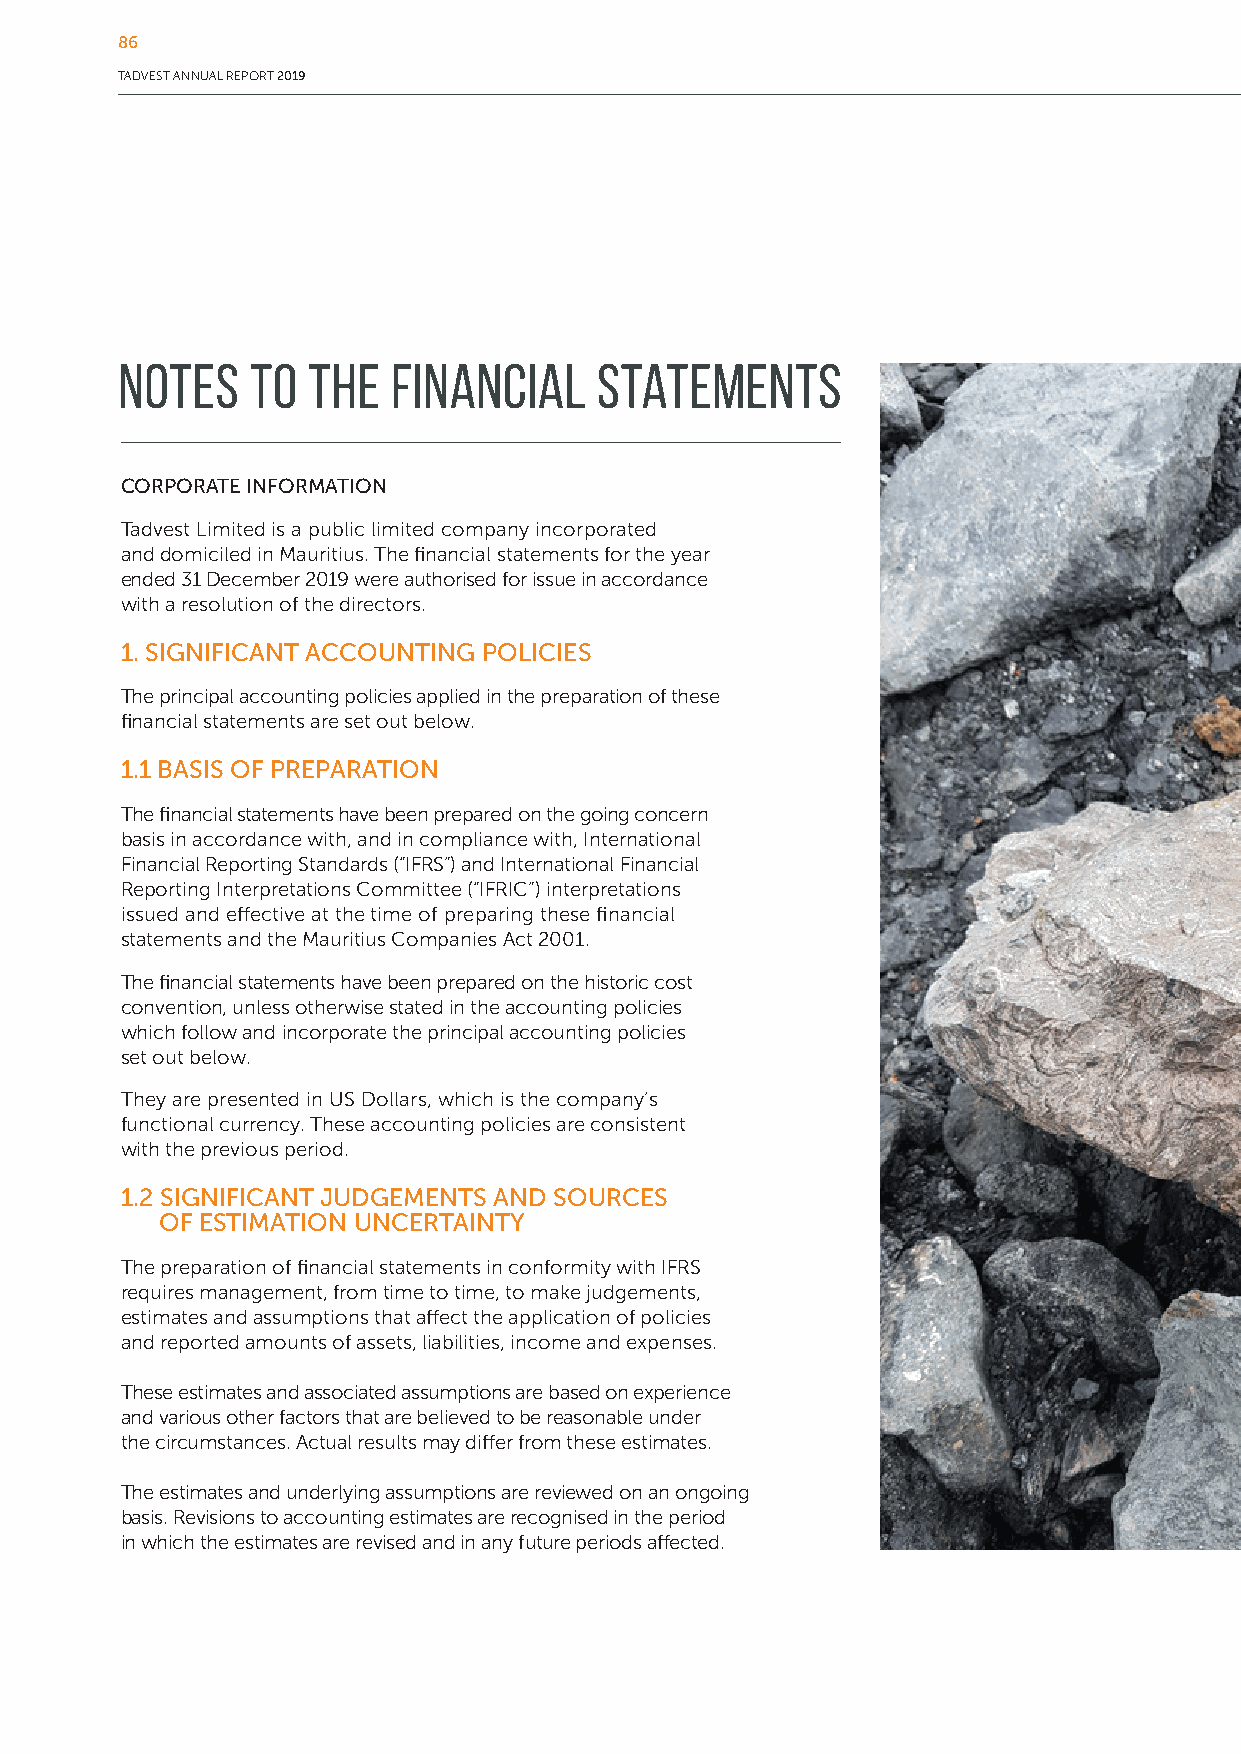
86
 TADVEST ANNUAL REPORT 2019
 Notes    to the   financial    statements
 CORPORATE INFORMATION
 Tadvest Limited is a public limited company incorporated
 and domiciled in Mauritius. The financial statements for the year
 ended 31 December 2019 were authorised for issue in accordance
 with a resolution of the directors.
 1. SIGNIFICANT ACCOUNTING POLICIES
 The principal accounting policies applied in the preparation of these
 financial statements are set out below.
 1.1 BASIS OF PREPARATION
 The financial statements have been prepared on the going concern
 basis in accordance with, and in compliance with, International
 Financial Reporting Standards (“IFRS”) and International Financial
 Reporting Interpretations Committee (“IFRIC”) interpretations
 issued and effective at the time of preparing these financial
 statements and the Mauritius Companies Act 2001.
 The financial statements have been prepared on the historic cost
 convention, unless otherwise stated in the accounting policies
 which follow and incorporate the principal accounting policies
 set out below.
 They are presented in US Dollars, which is the company’s
 functional currency. These accounting policies are consistent
 with the previous period.
 1.2 SIGNIFICANT JUDGEMENTS AND SOURCES
 OF ESTIMATION UNCERTAINTY
 The preparation of financial statements in conformity with IFRS
 requires management, from time to time, to make judgements,
 estimates and assumptions that affect the application of policies
 and reported amounts of assets, liabilities, income and expenses.
 These estimates and associated assumptions are based on experience
 and various other factors that are believed to be reasonable under
 the circumstances. Actual results may differ from these estimates.
 The estimates and underlying assumptions are reviewed on an ongoing
 basis. Revisions to accounting estimates are recognised in the period
 in which the estimates are revised and in any future periods affected.